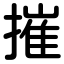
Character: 摧